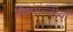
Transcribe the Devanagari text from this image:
चिम्पान्जीयों